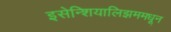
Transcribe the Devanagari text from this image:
इसेन्शियालिझममधून